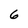
Character: 6